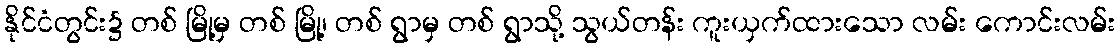
နိုင်ငံတွင်း၌ တစ် မြို့မှ တစ် မြို့၊ တစ် ရွာမှ တစ် ရွာသို့ သွယ်တန်း ကူးယှက်ထားသော လမ်း ကောင်းလမ်း